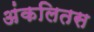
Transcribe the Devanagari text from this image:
अंकलितस